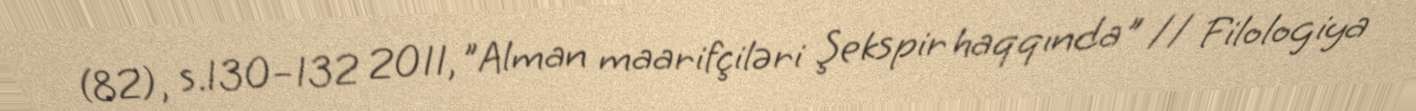
(82), s.130–132 2011, "Alman maarifçiləri Şekspir haqqında" // Filologiya